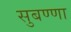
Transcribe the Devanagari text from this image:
सुबण्णा